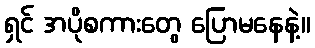
ရှင် အပိုစကားတွေ ပြောမနေနဲ့။